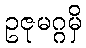
ဥဇုမဂ္ဂမှိ